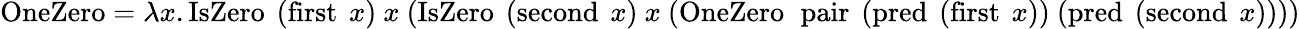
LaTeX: \operatorname{OneZero}=\lambda x.\operatorname{IsZero}\ (\operatorname{first}\ x)\ x\ (\operatorname{IsZero}\ (\operatorname{second}\ x)\ x\ (\operatorname{OneZero}\ \operatorname{pair}\ (\operatorname{pred}\ (\operatorname{first}\ x))\ (\operatorname{pred}\ (\operatorname{second}\ x))))